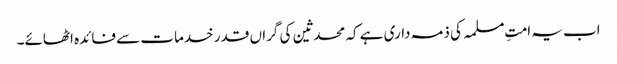
اب یہ امتِ مسلمہ کی ذمہ داری ہے کہ محدثین کی گراں قدر خدمات سے فائدہ اٹھائے۔